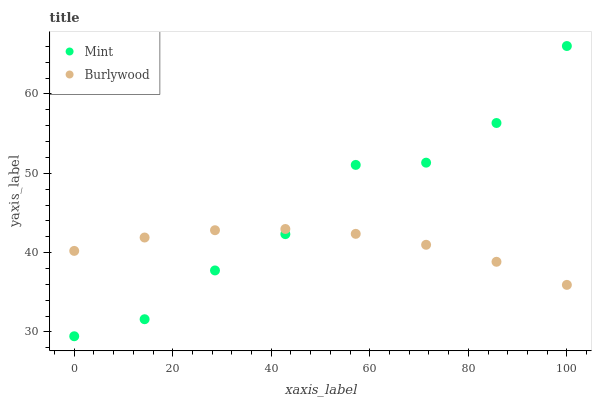
| xaxis_label | Mint | Burlywood |
 | --- | --- | --- |
 | 0 | 29.5 | 40.2 |
 | 14.3 | 31.6 | 41.9 |
 | 28.6 | 37.8 | 42.8 |
 | 42.9 | 42.3 | 43 |
 | 57.1 | 51.1 | 42.4 |
 | 71.4 | 51.3 | 41 |
 | 85.7 | 56.3 | 38.8 |
 | 100 | 66 | 35.9 |